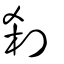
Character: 刹